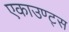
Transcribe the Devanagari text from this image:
एकाउण्‍ट्स